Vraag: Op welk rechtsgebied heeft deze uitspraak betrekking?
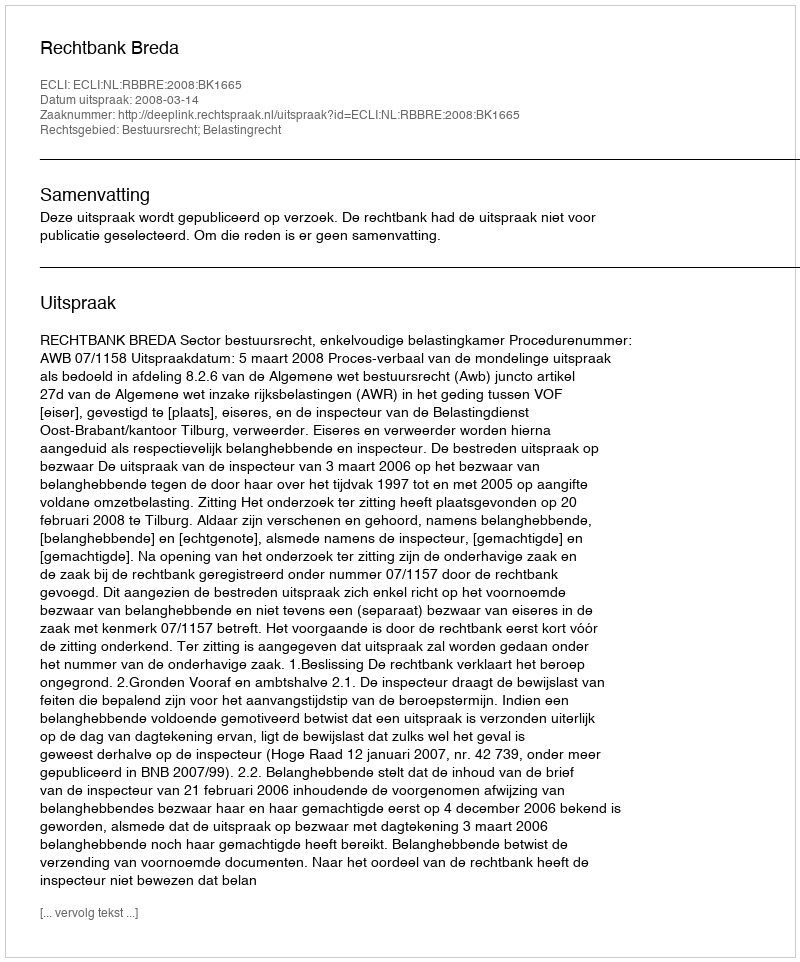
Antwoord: Bestuursrecht; Belastingrecht